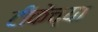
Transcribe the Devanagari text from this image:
टीकेच्या